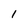
Character: I